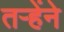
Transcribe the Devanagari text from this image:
तऱ्हेंने